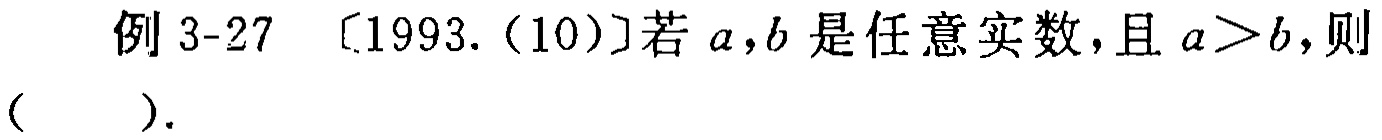
例 3-27 〔1993.(10)〕若 \(a,b\) 是任意实数，且 \(a > b\)，则（  ）.